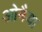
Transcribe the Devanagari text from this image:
ओमैया